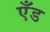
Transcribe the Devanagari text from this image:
एँड